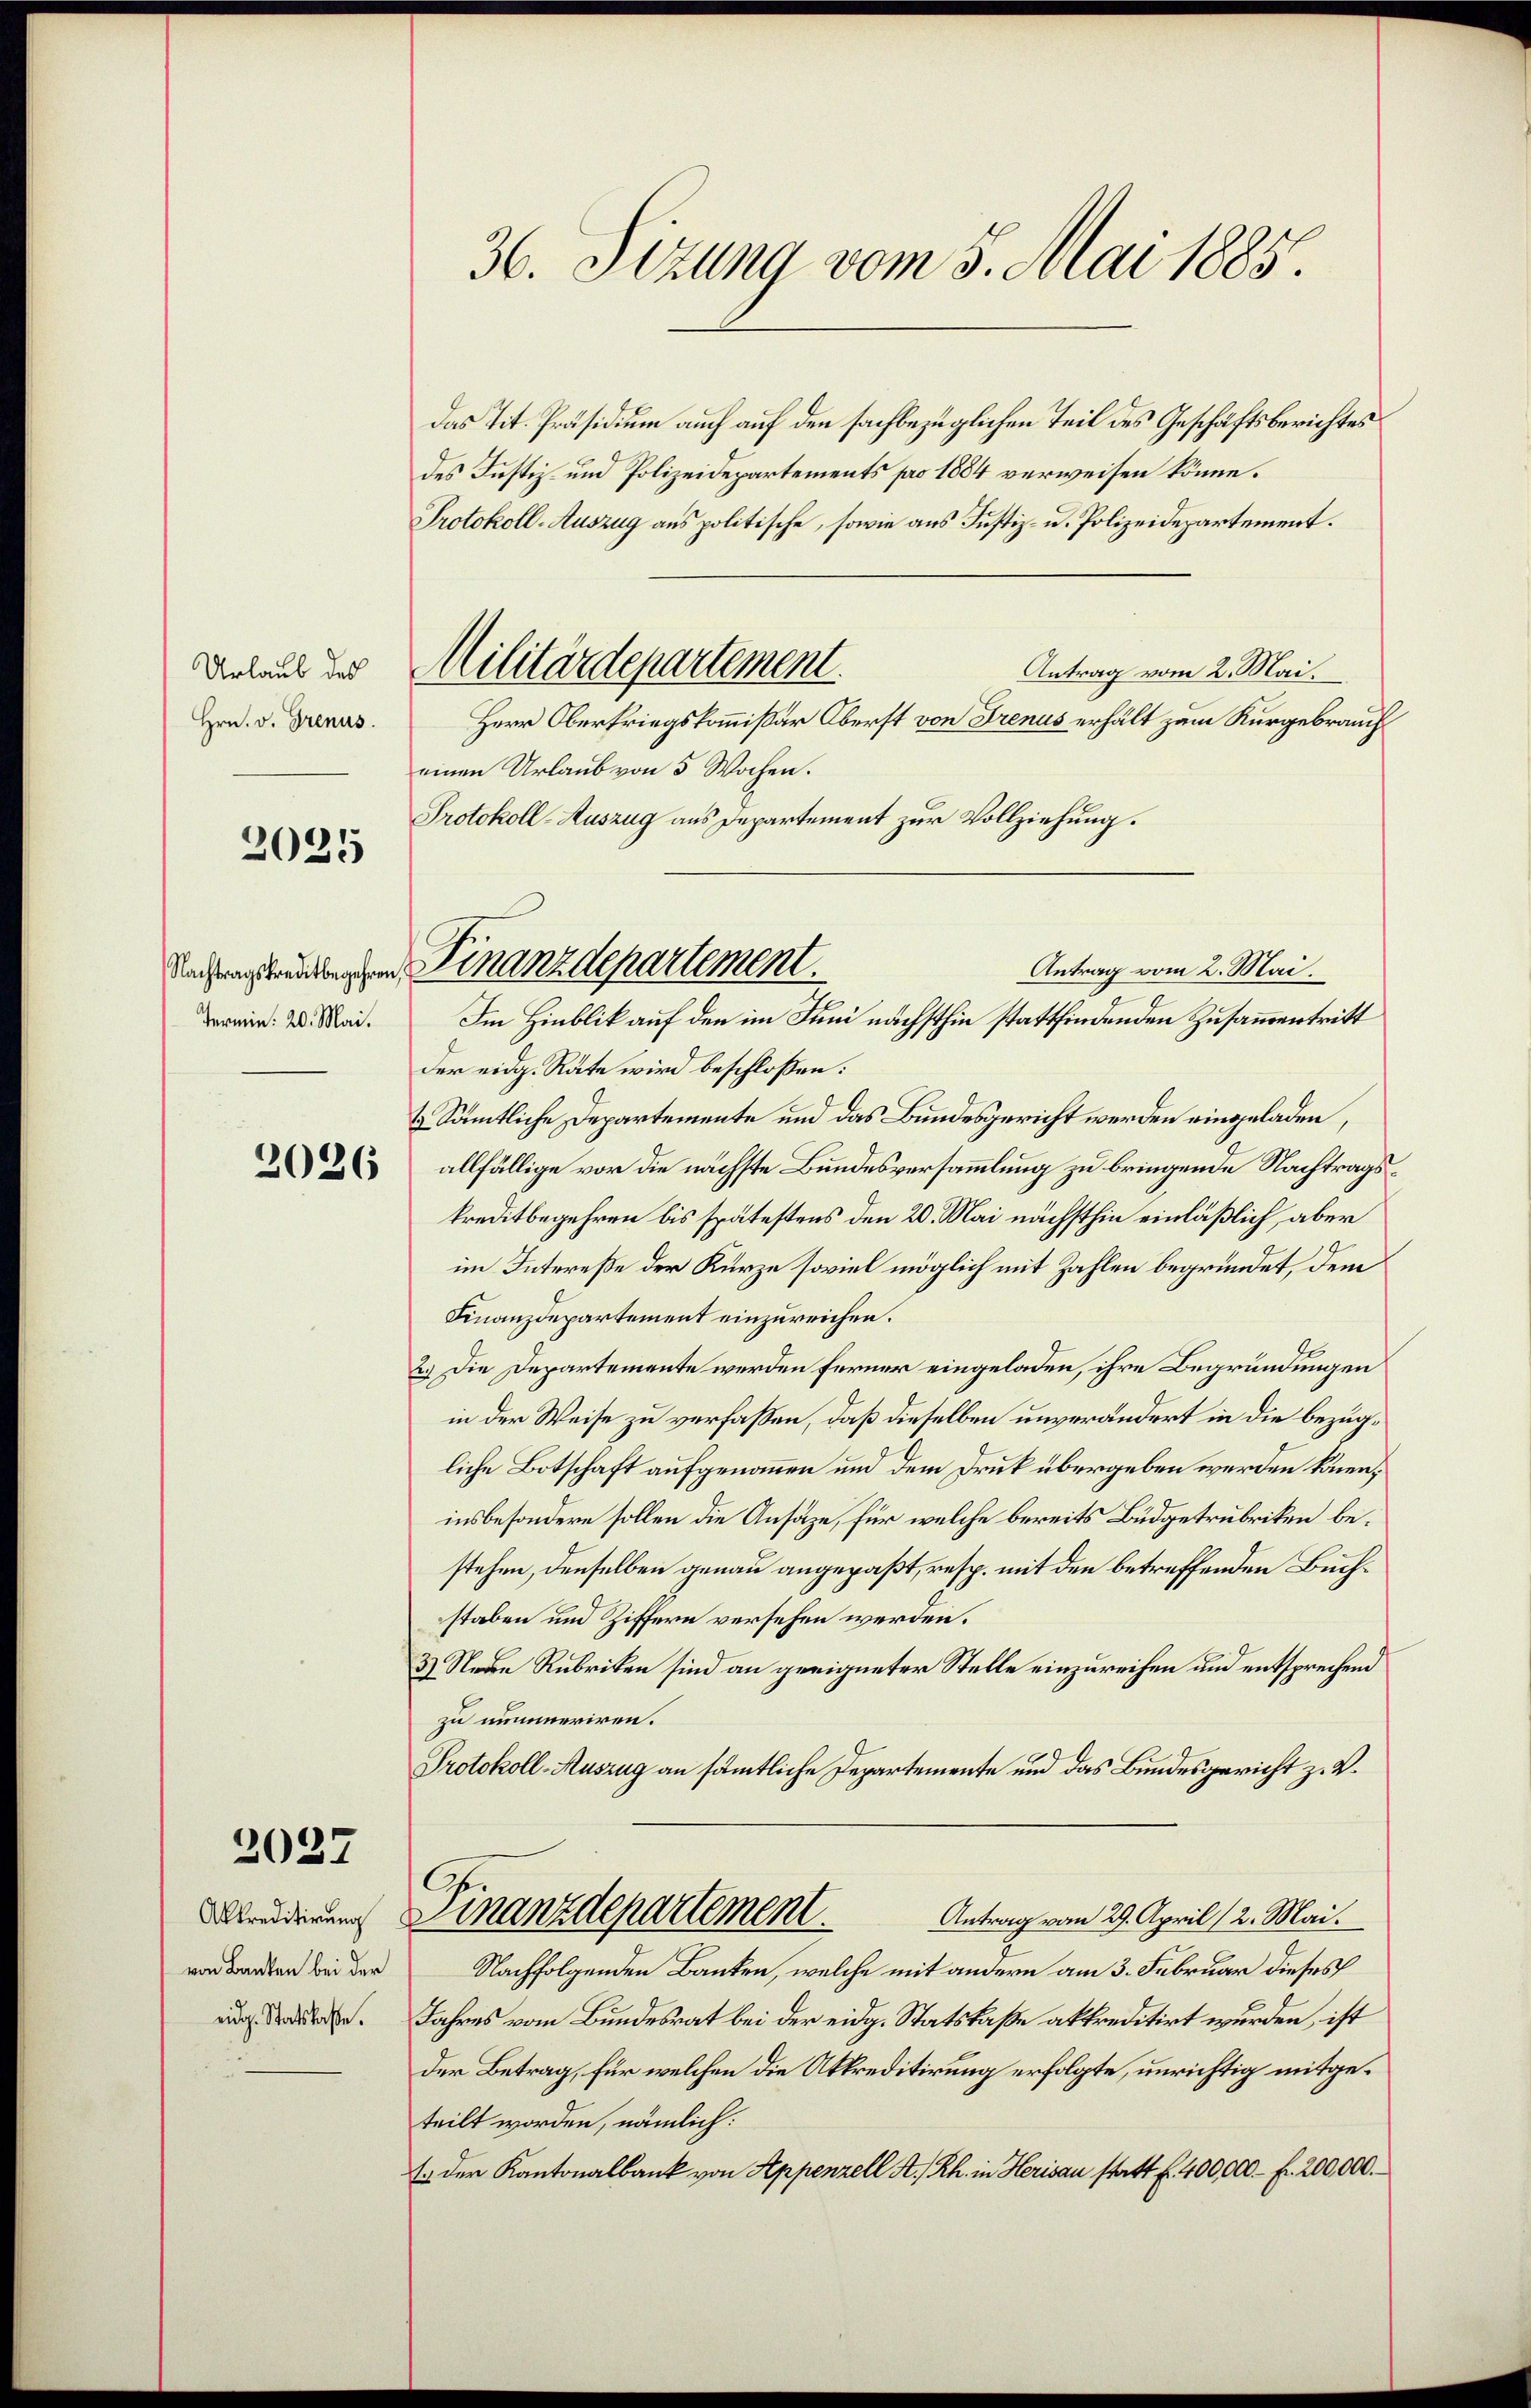
Urlaub des
Hrn. v. Grenus.

2025

Termin. 20. Mai.

2026

2027

Akkreditirung
von Banken bei der
eidg. Statskasse.

36. Sizung vom 5. Mai 1885.

das Tit. Präsidium auch auf den sachbezüglichen Teil des Geschäftsberichtes
des Justiz- und Polizeidepartements pro 1884 verweisen könne.
Protokoll-Auszug aus politische, sowie aus Justiz- u. Polizeidepartement.
Antrag vom 2. Mai.
Herr Oberkriegskommißär Oberst von Frenus erhält zum Kurgebrauch
einen Urlaub von 5 Wochen.
Protokoll-Auszug aus Departement zur Vollziehung.
Im Hinblik auf den im Juni nächsthin stattfindenden Zusammentritt
der eidg. Räte wird beschlossen:
& Sämtliche Departemente und das Bundesgericht werden eingeladen,
allfällige vor die nächste Bundesversammlung zu bringende Nachtragskreditbegehren bis spätestens den 20. Mai nächsthin einläßlich, aber
im Intereße der Kurze soviel möglich mit Zahlen begründet, dem
Finanzdepartement einzureichen.
2.) Die Departemente werden ferner eingeladen, ihre Begründungen
in der Weise zu verfaßen, daß dieselben unverändert in die bezugliche Botschaft aufgenommen und dem Druk übergeben werden könne;
insbesondere sollen die Ansätze, für welche bereits Büdgetrubriken bestehen, denselben genau angepaßt, resp. mit den betreffenden Buchstaben und Ziffern versehen werden.
3) Neue Rubriken sind an geeigneter Stelle einzureihen und entsprechend
zu nummeriren.
Protokoll-Auszug an sämtliche Departemente und das Bundesgericht z. V.
Finanzdepartement.
Antrag vom 29. April (2. Mai.
Nachfolgenden Banken, welche mit andern am 3. Februar dieses
Jahres vom Bundesrat bei der eidg. Statskaße akkreditirt wurden, ist
der Betrag, für welchen die Aktreditirung erfolgte, unrichtig mitgeteilt worden, nämlich:
E. der Kantonalbank von Appenzell A. Rh. in Herisau statt f. 400,000 Fr. 200,000.

Militärdepartement.

Antrag vom 2. Mai.
Reichungskundenen Finanzdepartement.